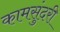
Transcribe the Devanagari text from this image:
कामसुंदरी